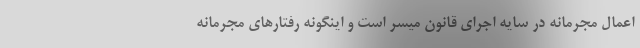
اعمال مجرمانه در سایه اجرای قانون میسر است و اینگونه رفتارهای مجرمانه